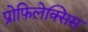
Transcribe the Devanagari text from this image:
प्रोफिलेक्सिस